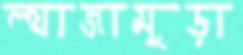
ল্যাজামুড়া